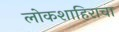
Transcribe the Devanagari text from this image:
लोकशाहिराचा